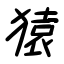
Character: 猿